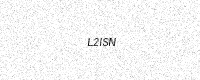
Text: L2ISN